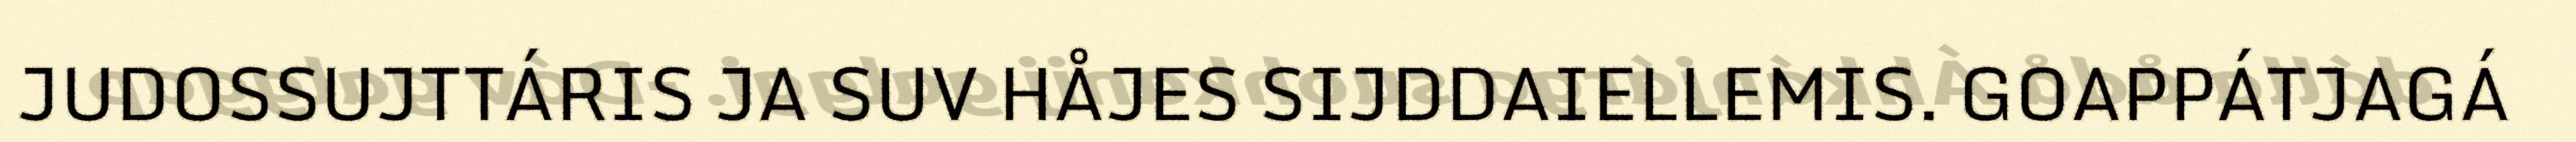
JUDOSSUJTTÁRIS JA SUV HÅJES SIJDDAIELLEMIS. GOAPPÁTJAGÁ